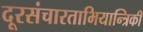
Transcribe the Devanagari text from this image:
दूरसंचारताभियान्त्रिकी